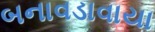
બનાવડાવાયા